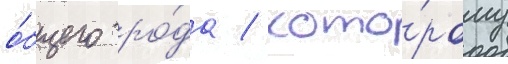
о́бщего ро́да / кото́рому